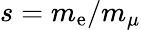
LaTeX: s=m_{\mathrm{e}}/m_{\mu}